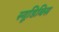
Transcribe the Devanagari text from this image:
स्यूडिबिस